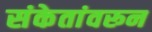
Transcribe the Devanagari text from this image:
संकेतांवरून